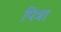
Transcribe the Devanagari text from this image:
पित्रा